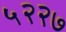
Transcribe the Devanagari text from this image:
५२२७